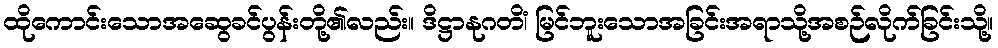
ထိုကောင်းသောအဆွေခင်ပွန်းတို့၏လည်း။ ဒိဋ္ဌာနုဂတိံ၊ မြင်ဘူးသောအခြင်းအရာသို့အစဉ်လိုက်ခြင်းသို့။